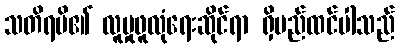
သတိရမိ၏ လူမှုဖူလုံရေးဆိုင်ရာ ရှိမည်ထင်ပါသည်